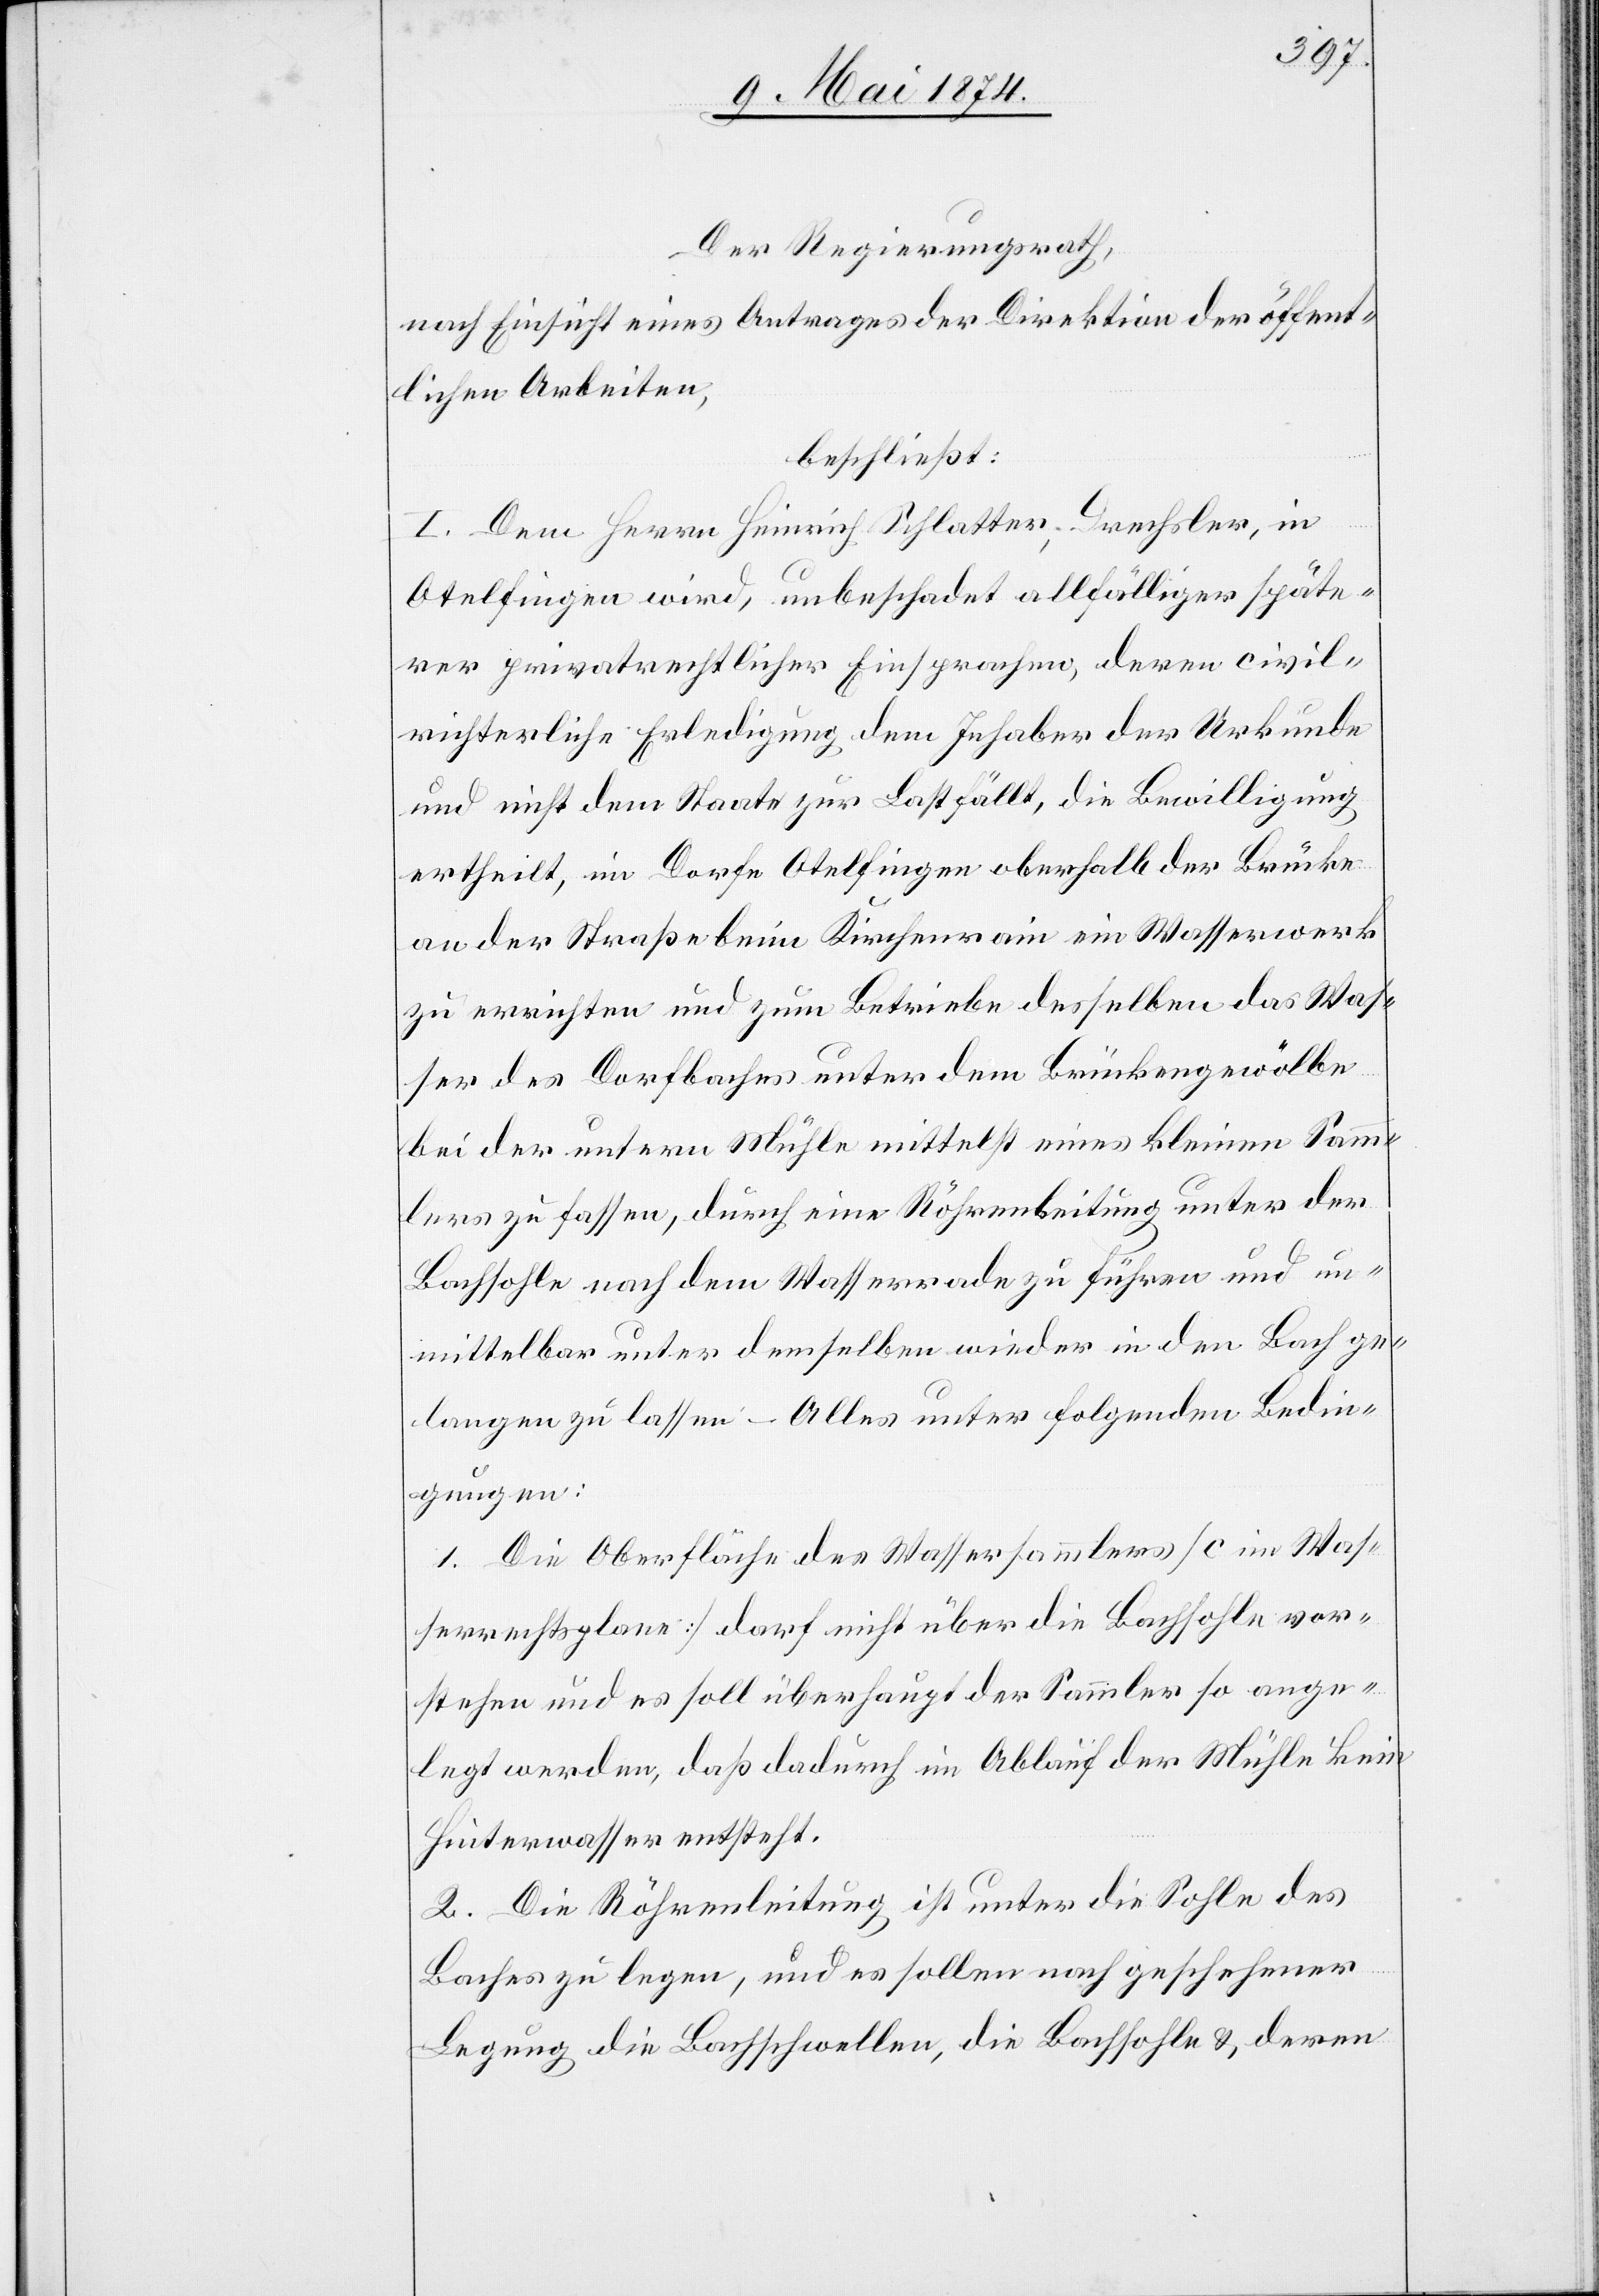
Der Regierungsrath,
nach Einsicht eines Antrages der Direktion der öffent¬
lichen Arbeiten,
beschließt:
I. Dem Herrn Heinrich Schlatter, Drechsler, in
Otelfingen wird, unbeschadet allfälliger späte¬
rer privatrechtlicher Einsprachen, deren civil¬
richterliche Erledigung dem Inhaber der Urkunde
und nicht dem Staate zur Last fällt, die Bewilligung
ertheilt, im Dorfe Otelfingen oberhalb der Brücke
an der Straße beim Kirchenrain ein Wasserwerk
zu errichten und zum Betriebe desselben das Was¬
ser des Dorfbaches unter dem Brückengewölbe
bei der untern Mühle mittelst eines kleinen Samm¬
lers zu fassen, durch eine Röhrenleitung unter der
Bachsohle nach dem Wasserrade zu führen und un¬
mittelbar unter demselben wieder in den Bach ge¬
langen zu lassen – Alles unter folgenden Bedin¬
gungen:
1. Die Oberfläche des Wassersammlers [c im Was¬
serrechtsplane] darf nicht über die Bachsohle vor¬
stehen und es soll überhaupt der Sammler so ange¬
legt werden, daß dadurch im Ablauf der Mühle kein
Hinterwasser entsteht.
2. Die Röhrenleitung ist unter die Sohle des
Baches zu legen, und es sollen nach geschehener
Legung die Bachschwellen, die Bachsohle u. deren